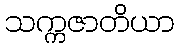
သက္ကဇာတိယာ